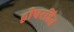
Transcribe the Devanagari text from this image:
द्वीपरहित